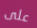
على